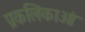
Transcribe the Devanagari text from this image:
प्रकलिकाओं